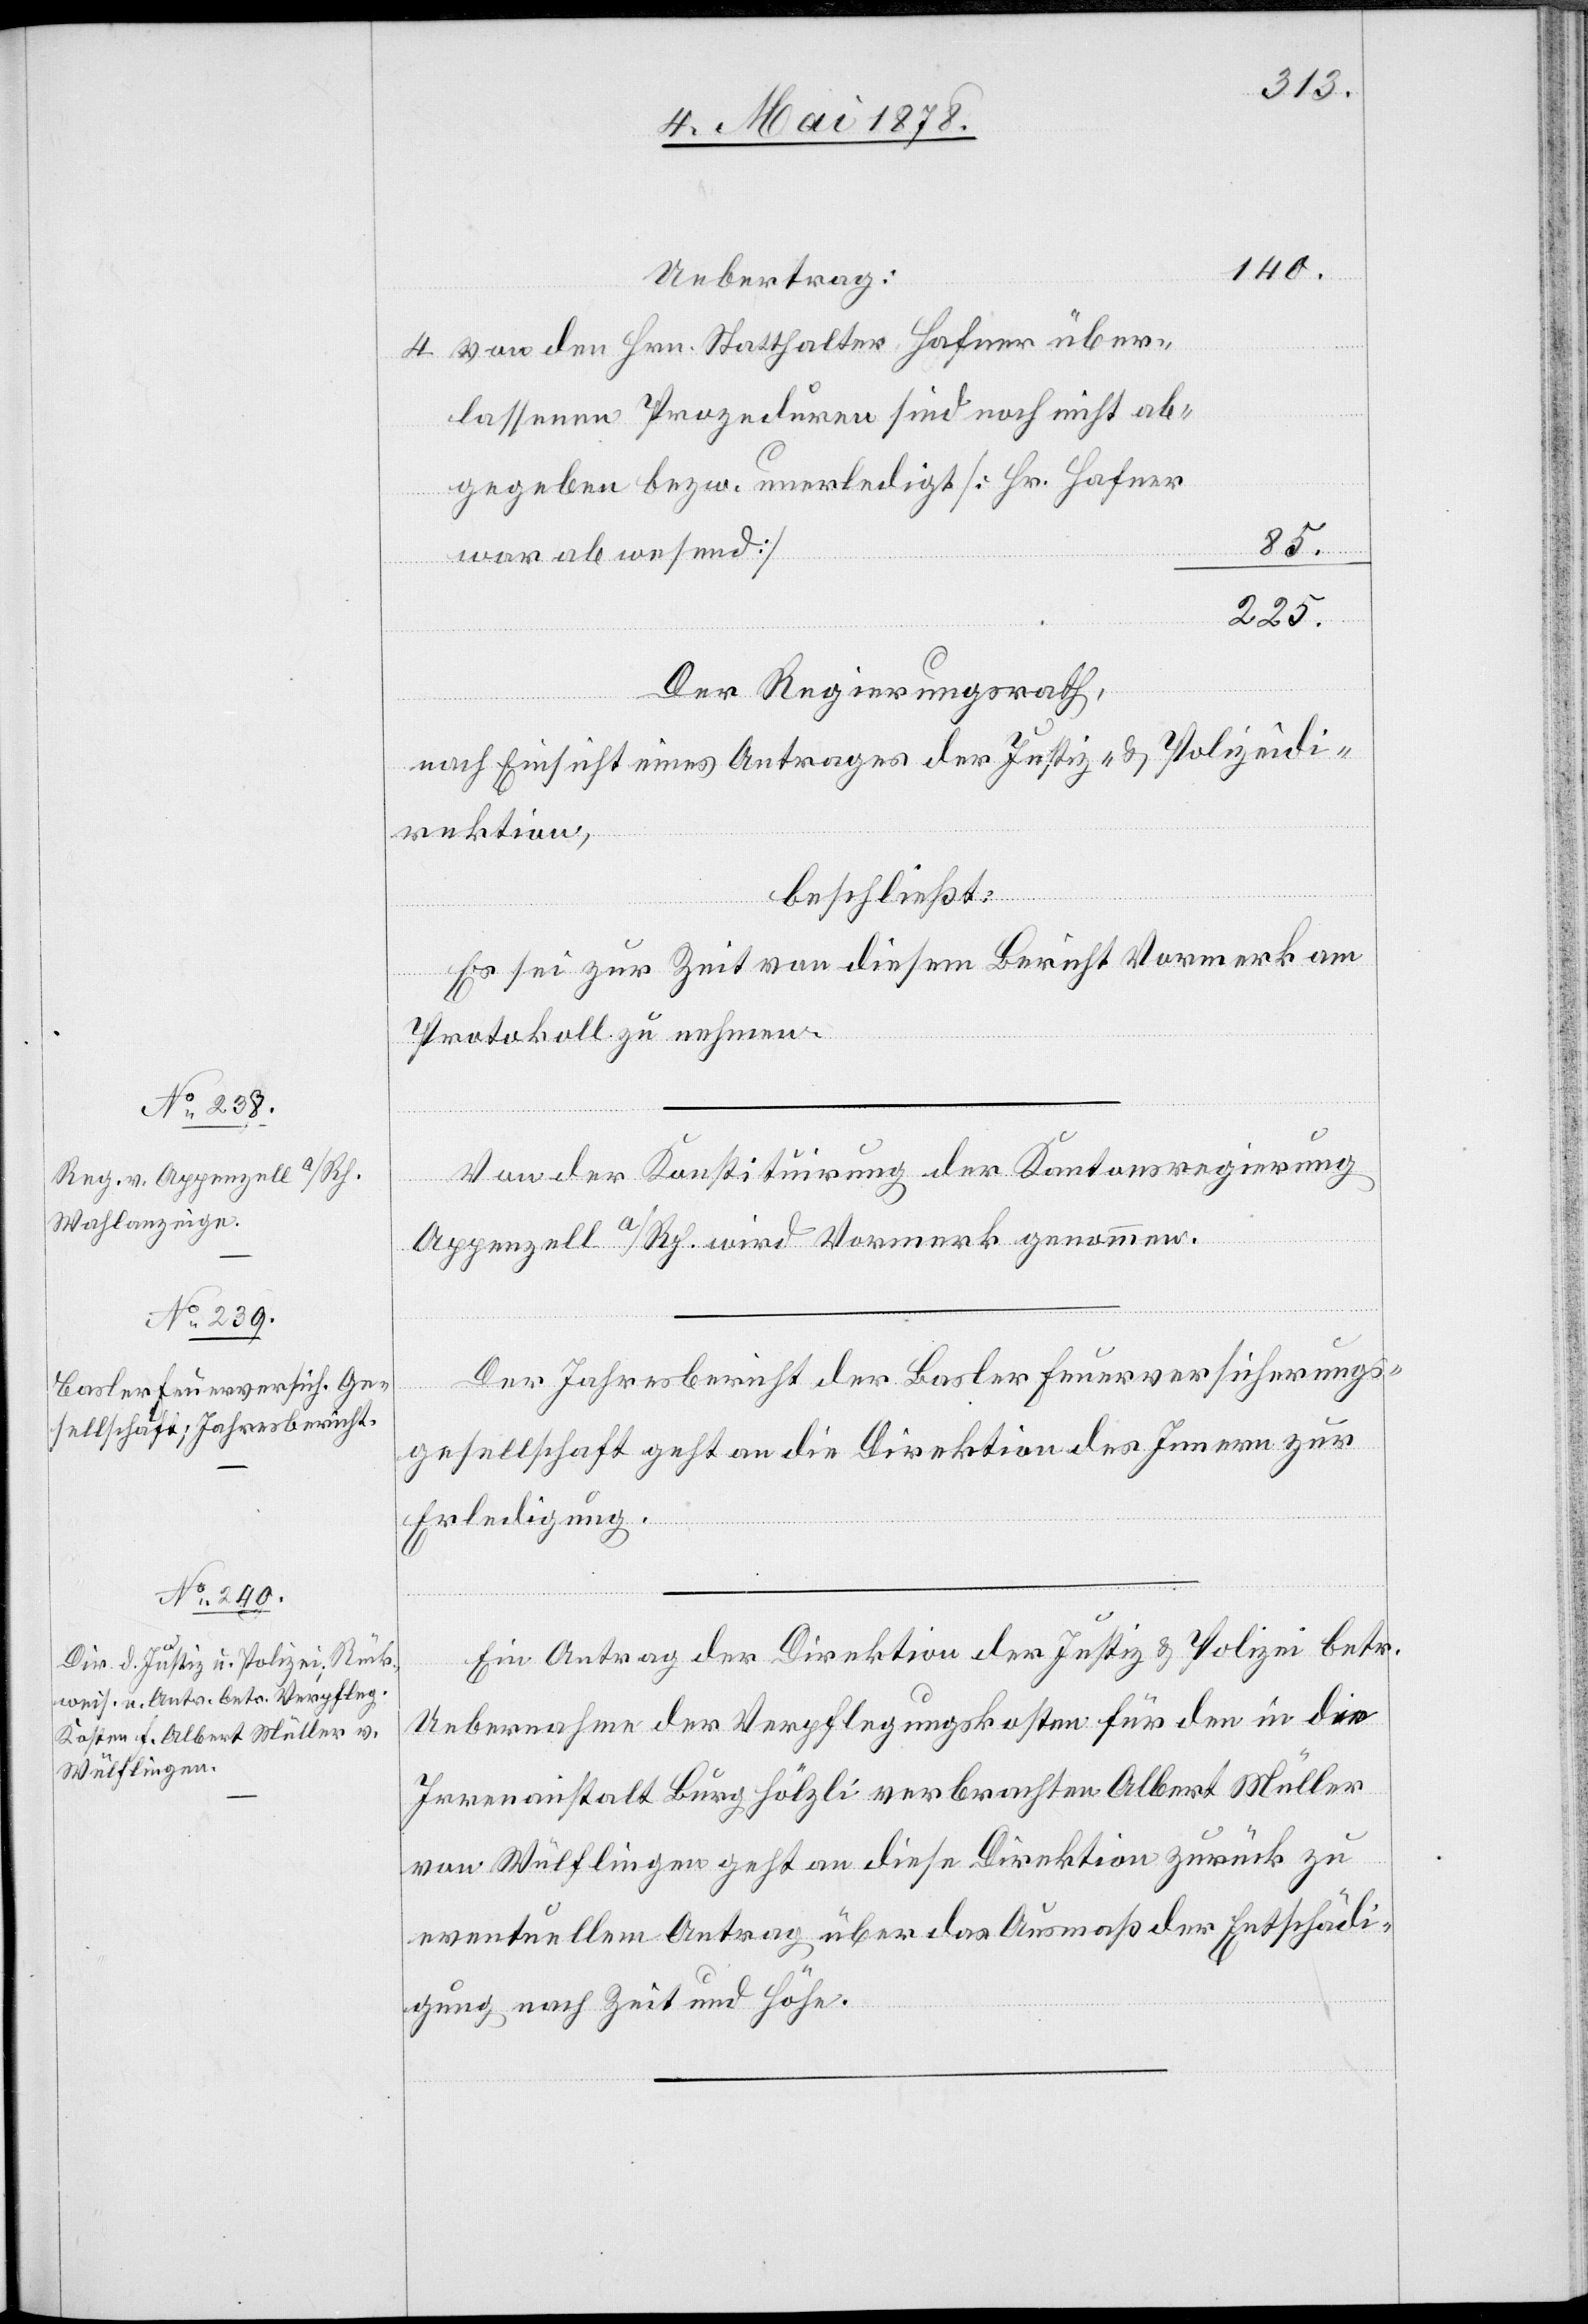
140.
Uebertrag:
von den Hrn. Statthalter Hafner über¬
lassenen Prozeduren sind noch nicht ab¬
gegeben bezw. unerledigt [Hr. Hafner
85.
war abwesend]
225.
Der Regierungsrath,
nach Einsicht eines Antrages der Justiz- & Polizeidi¬
rektion,
beschließt:
Es sei zur Zeit von diesem Bericht Vormerk am
Protokoll zu nehmen.
Von der Konsistirung der Kantonsregierung
Appenzell a/Rh. wird Vormerk genommen.
Der Jahresbericht der Basler Feuerversicherungs¬
gesellschaft geht an die Direktion des Innern zur
Erledigung.
Ein Antrag der Direktion der Justiz & Polizei betr.
Uebernahme der Verpflegungskosten für den in die
Irrenanstalt Burghölzli verbrachten Albert Müller
von Wülflingen geht an diese Direktion zurück zu
eventuellem Antrag über das Ausmaß der Entschädi¬
gung nach Zeit und Höhe.